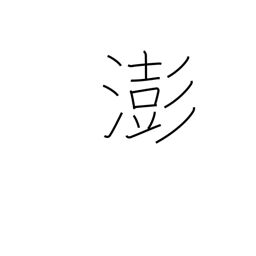
Meaning: turbulent water